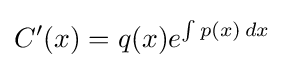
C'(x)=q(x)e^{\int p(x)\,dx}